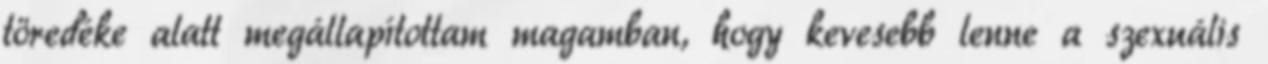
töredéke alatt megállapítottam magamban, hogy kevesebb lenne a szexuális